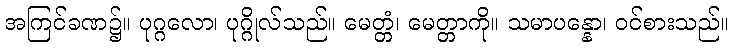
အကြင်ခဏ၌။ ပုဂ္ဂလော၊ ပုဂ္ဂိုလ်သည်။ မေတ္တံ၊ မေတ္တာကို။ သမာပန္နော၊ ဝင်စားသည်။